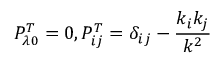
P _ { \lambda 0 } ^ { T } = 0 , P _ { i j } ^ { T } = \delta _ { i j } - \frac { k _ { i } k _ { j } } { k ^ { 2 } }